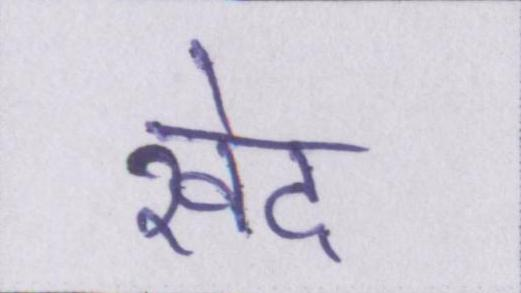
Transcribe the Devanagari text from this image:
खेद